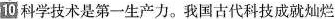
10 科学技术是第一生产力。我国古代科技成就灿烂